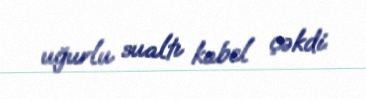
uğurlu sualtı kabel çəkdi.